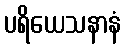
ပရိယေသနာနံ